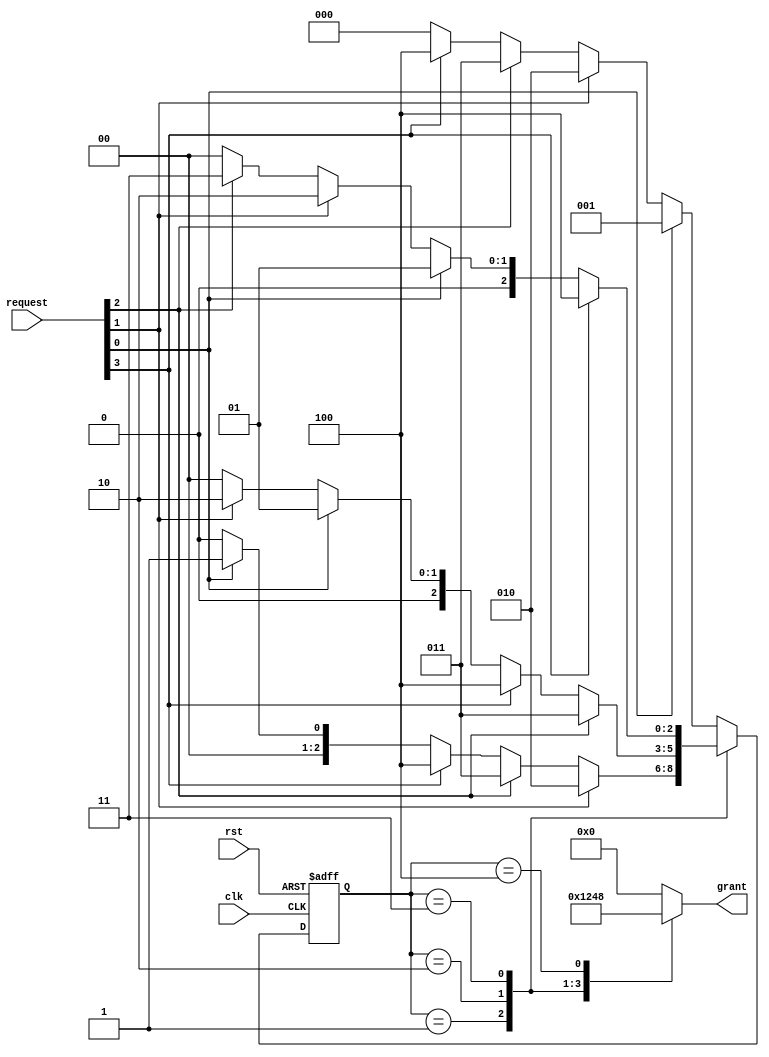
module Round_Robin_Arbiter(
		input clk, rst,
		input [3:0] request,
		output reg [3:0] grant
		);

	reg [2:0] present_state, next_state;
  
	parameter [2:0] ideal = 3'b000;
	parameter [2:0] s0 = 3'b001;
	parameter [2:0] s1 = 3'b010;
	parameter [2:0] s2 = 3'b011;
	parameter [2:0] s3 = 3'b100;

  always @ (posedge clk or posedge rst)
		begin
         if(rst)
			present_state <= ideal;
		 else
			present_state <= next_state;
		end
  always @(*) 
		begin
			case(present_state)
				ideal : begin
							if(request[0]) next_state = s0;
							else if(request[1]) next_state = s1;
							else if(request[2]) next_state = s2;
							else if(request[3])	next_state = s3;
							else next_state = ideal;		
						end 
				s0 : begin
							if(request[1])next_state = s1;
							else if(request[2])next_state = s2;
							else if(request[3])next_state = s3;
							else if(request[0])next_state = s0;
							else next_state = ideal;
						end 
				s1 : begin
							if(request[2]) next_state = s2;
							else if(request[3]) next_state = s3;
							else if(request[0]) next_state = s0;
							else if(request[1]) next_state = s1;
							else next_state = ideal;
						end 
				s2 : begin
							if(request[3]) next_state = s3;
							else if(request[0]) next_state = s0;
							else if(request[1]) next_state = s1;
							else if(request[2]) next_state = s2;
							else next_state = ideal;
						end 
				s3 : begin
							if(request[0]) next_state = s0;
							else if(request[1]) next_state = s1;
							else if(request[2]) next_state = s2;
							else if(request[3]) next_state = s3;
							else next_state = ideal;
						end 
				default : begin
							if(request[0]) next_state = s0;
							else if(request[1]) next_state = s1;
							else if(request[2]) next_state = s2;
							else if(request[3]) next_state = s3;
							else next_state = ideal;
						end 
			endcase 
	 end

  always @(*) 
		begin
          case(present_state)
				s0 : begin grant = 4'b0001; end
				s1 : begin grant = 4'b0010; end
				s2 : begin grant = 4'b0100; end
				s3 : begin grant = 4'b1000; end
			default : begin grant = 4'b0000; end
		  endcase
		end
endmodule